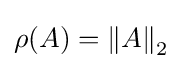
\rho (A)={\|A\|}_{2}